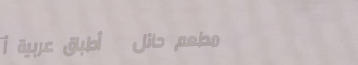
مطعم حائل   أطباق عربية أ